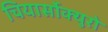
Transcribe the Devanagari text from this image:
चियार्सोक्युरो